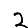
Digit: 2